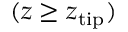
( z \geq z _ { \mathrm { t i p } } )